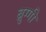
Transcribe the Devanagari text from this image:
ब्रुग्गी